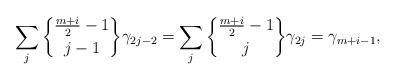
LaTeX: \begin{align*} \sum\limits_j {\frac{m+i}{2}-1\brace j-1} \gamma_{2j-2} = \sum\limits_j {\frac{m+i}{2}-1\brace j} \gamma_{2j} = \gamma_{m+i-1},\end{align*}